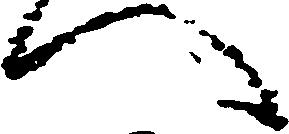
へ